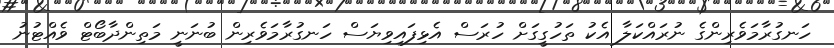
ހަނގުރާމަވެރިންގެ ނުރައްކަލާ އެކު ތަހުގީގަށް ހުރަސް އެޅިފައިވިޔަސް ހަނގުރާމަވެރިން ބުނަނީ މަތިންދާބޯޓް ވެއްޓުނު